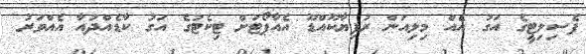
ފެސިލިޓީގެ އަގު އެއް މިލިއަން ރުފިޔާކޫއްޑޫ އެއާޕޯޓަށް ޓިކެޓުގެ އަގު ކާޑެއްދުއާ އެއްވަރު